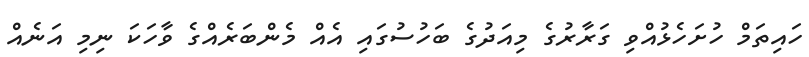
ހައިތަމް ހުށަހެޅުއްވި ގަރާރުގެ މިއަދުގެ ބަހުސުގައި އެއް މެންބަރެއްގެ ވާހަކަ ނިމި އަނެއް